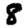
Digit: 8